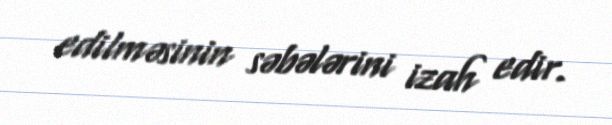
edilməsinin səbələrini izah edir.